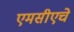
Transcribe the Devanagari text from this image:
एमसीएचे